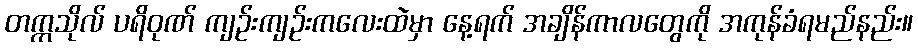
တက္ကသိုလ် ပရိဝုဏ် ကျဉ်းကျဉ်းကလေးထဲမှာ နေ့ရက် အချိန်ကာလတွေကို အကုန်ခံရမည်နည်း။